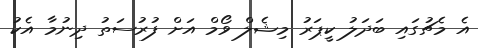
އެ މެޗުގައި ބަދަލު ކީޕަރު މިޝެލް ވޯމް އަށް ފުރުސަތު ދިނުމާ އެކު